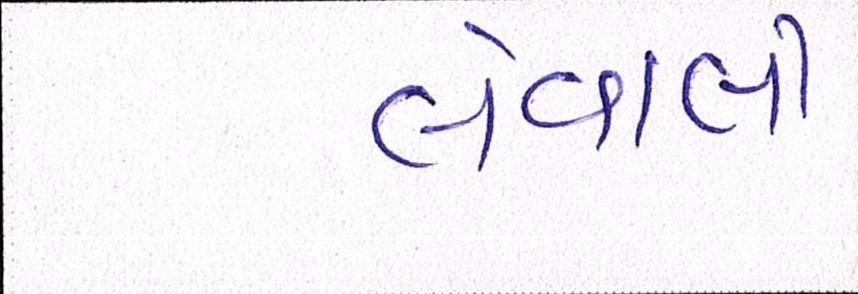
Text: લેવાલીઃ